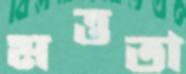
মত্ততা